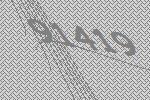
91419